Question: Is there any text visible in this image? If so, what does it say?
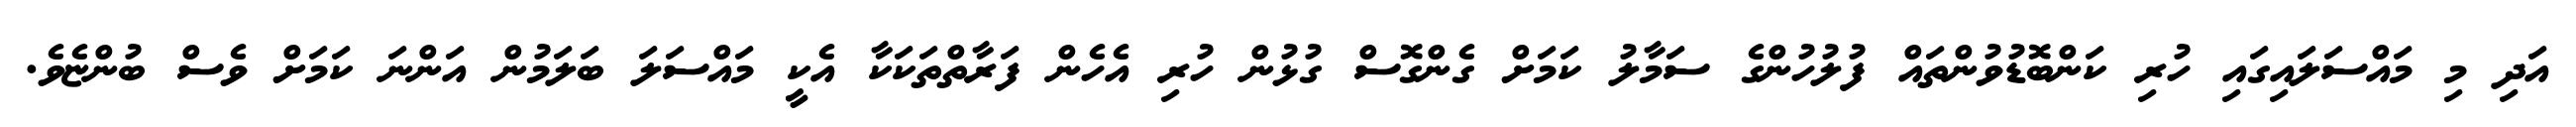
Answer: އަދި މި މައްސަލައިގައި ހުރި ކަންބޮޑުވުންތައް ފުލުހުންގެ ސަމާލު ކަމަށް ގެންގޮސް ގުޅުން ހުރި އެހެން ފަރާތްތަކަކާ އެކީ މައްސަލަ ބަލަމުން އަންނަ ކަމަށް ވެސް ބުންޏެވެ.